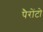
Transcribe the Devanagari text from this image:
पैरोंटो